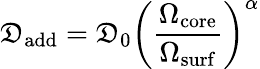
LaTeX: \mathfrak{D}_{\mathrm{{add}}}=\mathfrak{D}_{0}\left(\frac{{\Omega_{\mathrm{{core}}}}}{{\Omega_{\mathrm{{surf}}}}}\right)^{\alpha}